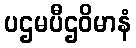
ပဌမပီဌဝိမာနံ